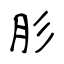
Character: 肜